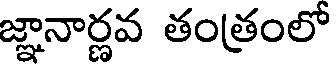
జ్ఞానార్ణవ తంత్రంలో